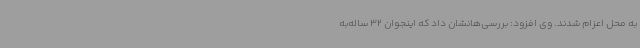
به محل اعزام شدند. وی افزود: بررسی‌هانشان داد که اینجوان 32 ساله‌به